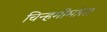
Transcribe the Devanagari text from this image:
चिन्हमीमांसा